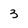
Character: 3